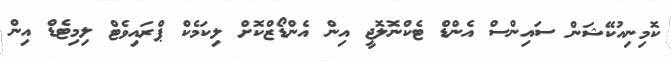
ކޮމިނިއުކޭޝަން ސައިންސް އެންޑް ޓެކްނޮލޮޖީ އިން އެންޑޯޒްކޮށް ލިކަމެކް ޕްރައިވެޓް ލިމިޓެޑް އިން